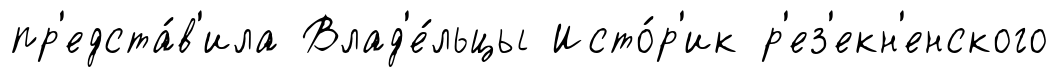
пр'едста́в'ила Влад'е́льцы Исто́р'ик р'ез'екн'енского